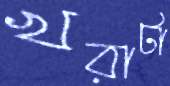
খরাটা